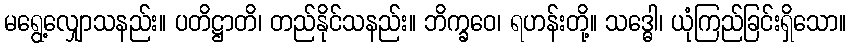
မရွေ့လျှောသနည်း။ ပတိဋ္ဌာတိ၊ တည်နိုင်သနည်း။ ဘိက္ခဝေ၊ ရဟန်းတို့။ သဒ္ဓေါ၊ ယုံကြည်ခြင်းရှိသော။